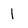
Character: 1